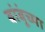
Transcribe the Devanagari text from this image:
बांबूंच्या